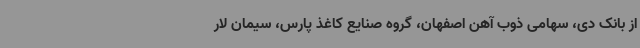
از بانک دی، سهامی ذوب آهن اصفهان، گروه صنایع کاغذ پارس، سیمان لار